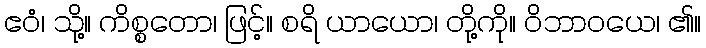
ဧဝံ၊ သို့။ ကိစ္စတော၊ ဖြင့်။ စရိ ယာယော၊ တို့ကို။ ဝိဘာဝယေ၊ ၏။